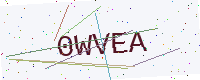
Text: 0WVEA